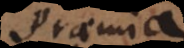
Praemia